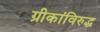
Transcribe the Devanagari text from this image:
ग्रीकांविरुद्ध